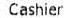
CASHIER